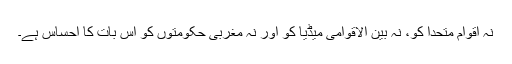
نہ اقوامِ متحدا کو، نہ بین الاقوامی میڈیا کو اور نہ مغربی حکومتوں کو اِس بات کا احساس ہے۔